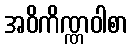
အဝိကိဏ္ဏဝါစာ